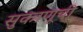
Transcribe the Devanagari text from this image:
सुकाणूची